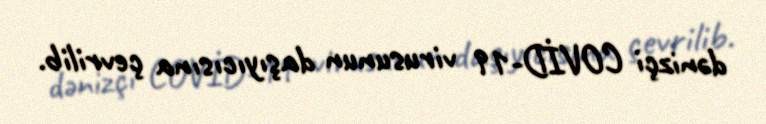
dənizçi COVİD-19 virusunun daşıyıcısına çevrilib.